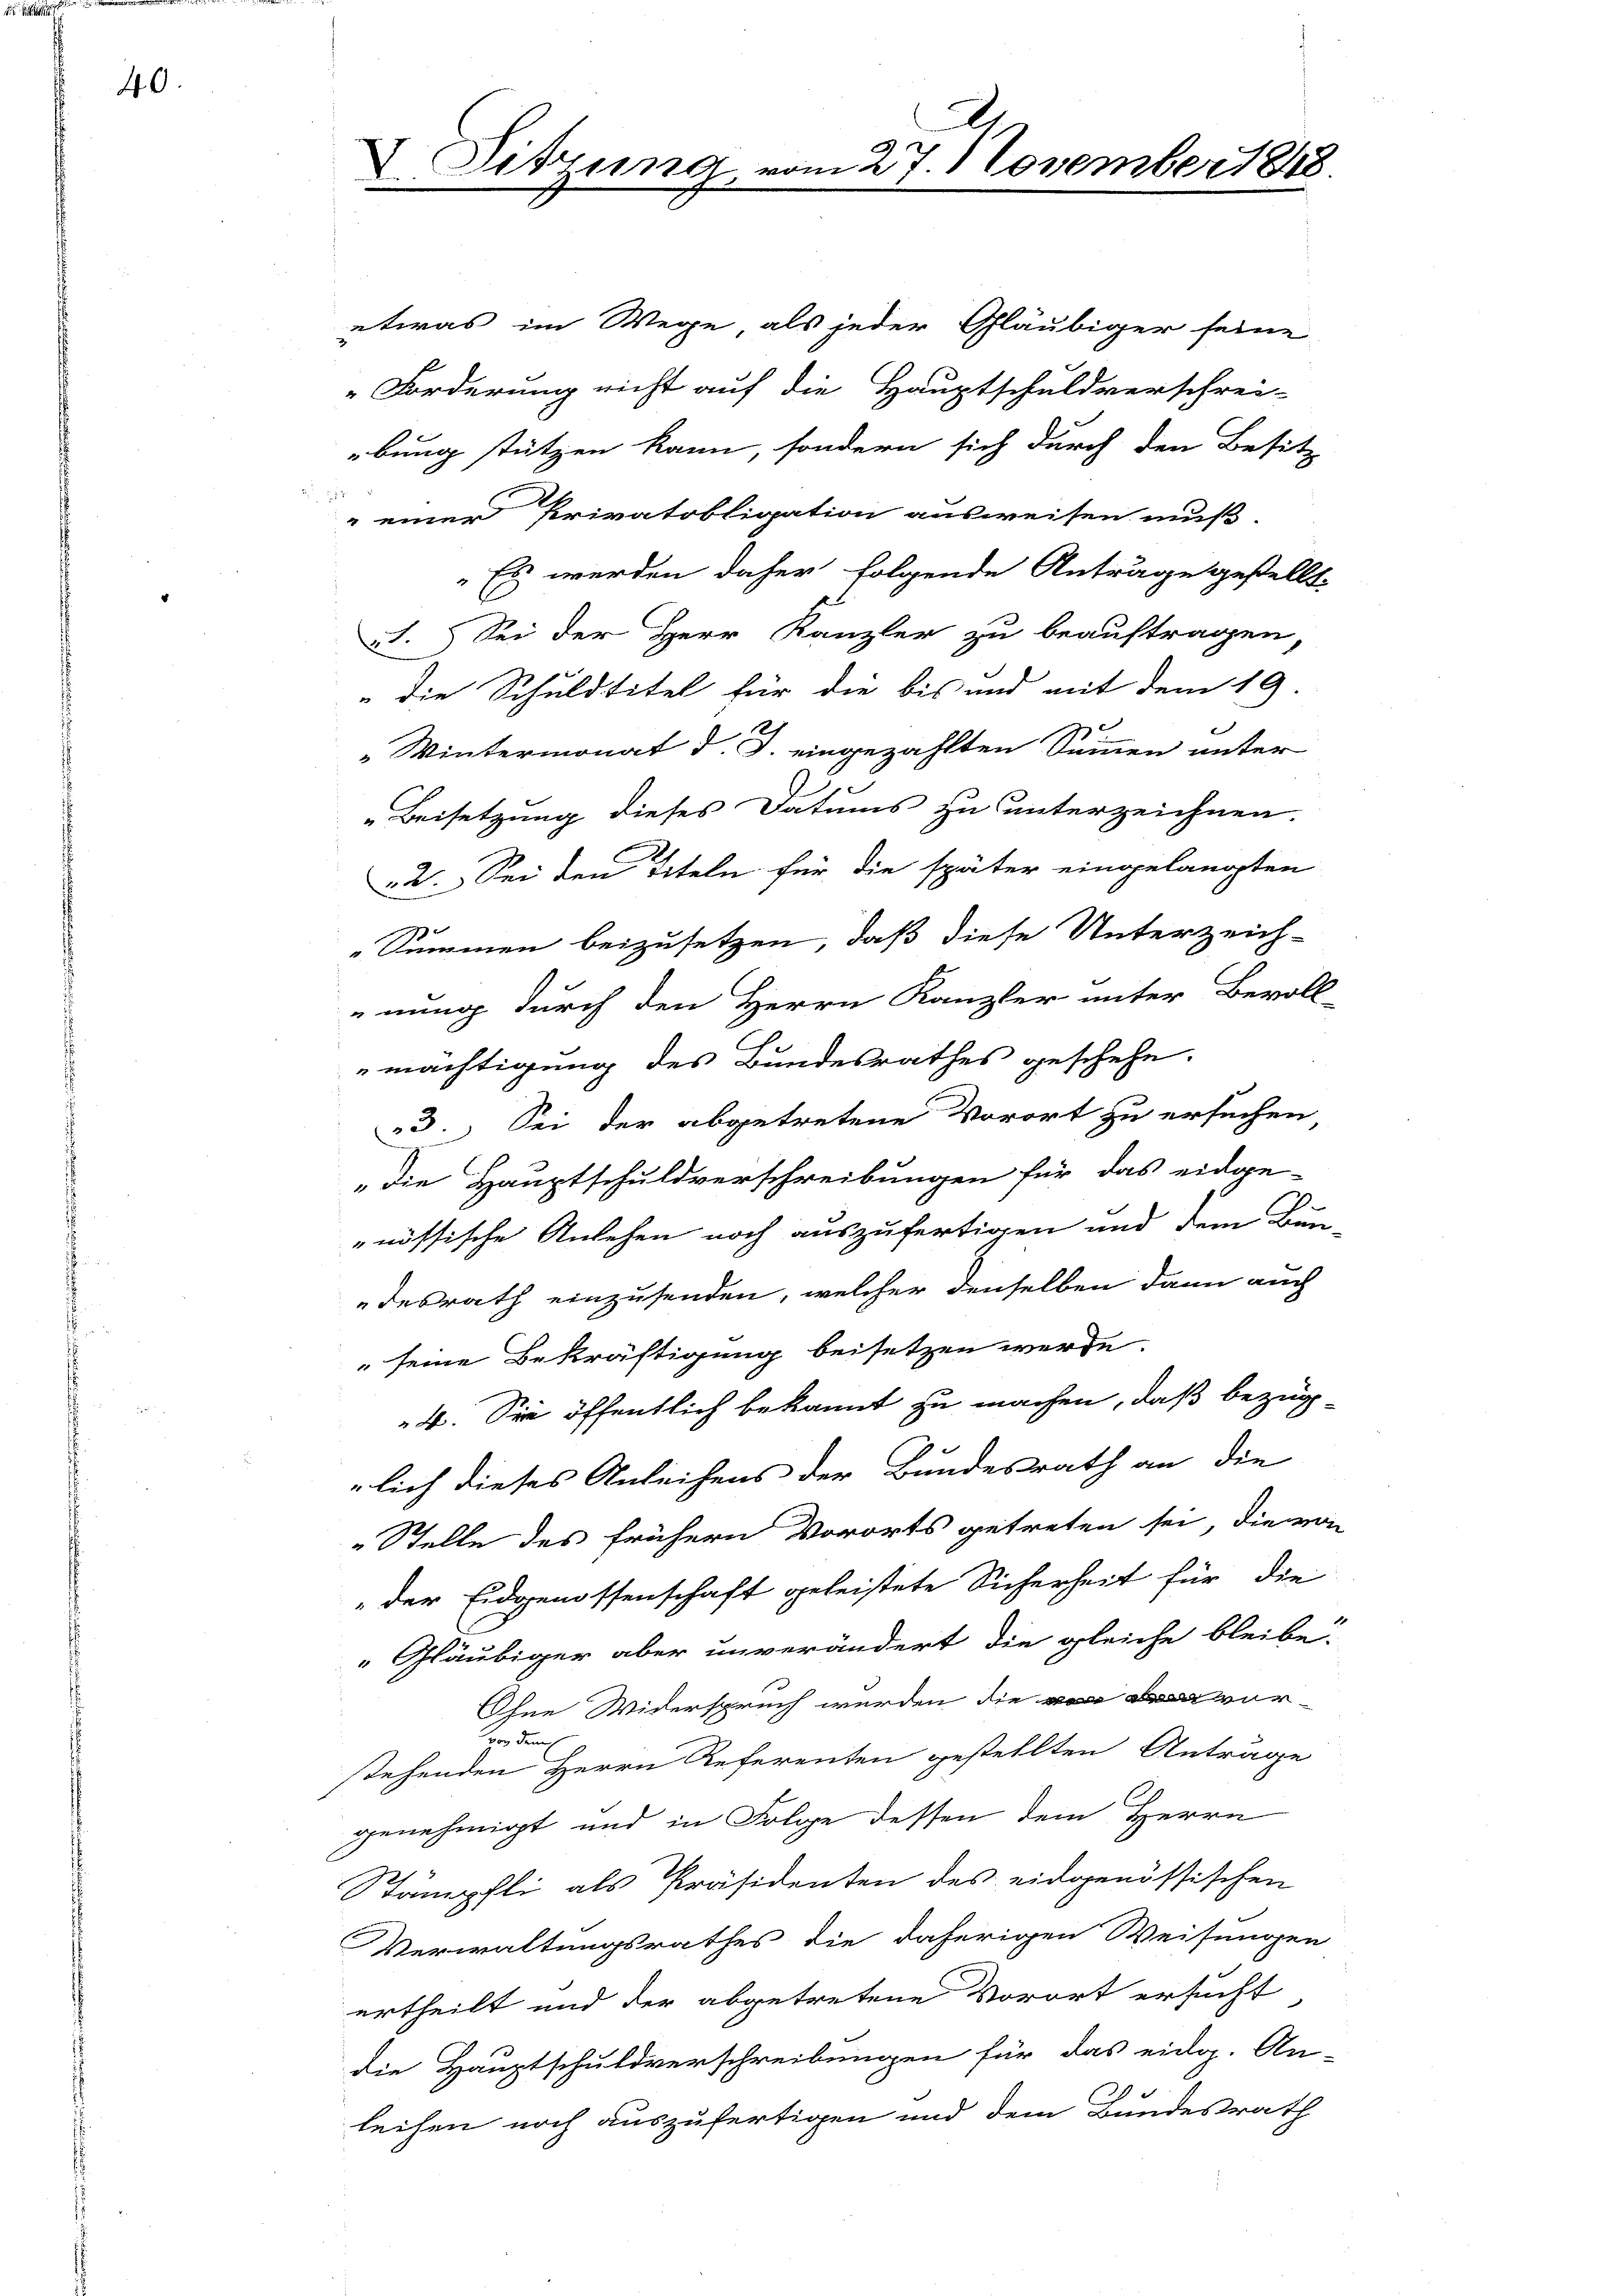
40.

etwas im Wege als jeder Gläubiger seine
Forderung nicht auf die Hauptschuldverschrei-
bung stützen kann, sondern sich durch den Besitz

 einer Privatobligation ausweisen muß.
Es werden daher folgende Anträge gestellt.
I. Sei der Herr Kanzler zu beauftragen,
" die Schuldtitel für die bis und mit dem 19.
"Wintermonat J. J. eingezählten Summen unter
Beisetzung dieses Datums zu unterzeichnen.
22. Sei den Titeln für die später eingelangten
„Summen beizusetzen, daß diese Unterzeich-
nung durch den Herrn Kanzler unter Bevoll-
mächtigung des Bundesrathes geschehe.
3. Sei der abgetretene Vorort zu ersuchen
„die Hauptschuldverschreibungen für das eidge-
2
nössische Ansehen noch auszufertigen und dem Ben-
desrath einzusenden, welcher denselben dann auch
" seine Bekräftigung beisetzen werde.
4. Sie öffentlich bekannt zu machen, daß bezüg
lich dieses Anleihens der Bundesrath an die
„Stelle des frühern Vororts getreten sei, die von
„der Eidgenossenschaft geleistete Sicherheit für die
"Gläubiger aber unverändert die gleiche bleibe-
Ohne Widerspruch werden die vor
vor dem E
stehenden Herrn Referenten gestellten Anträge
genehmigt und in Folge dessen dem Herrn
Stämpfli als Präsidenten des eidgenössischen
Verwaltungsrathes die daherigen Weisungen
ertheilt und der abgetretene Vorort ersucht
die Hauptschuldverschreibungen für das eidg. An-
leihen noch auszufertigen und dem Bundesrath

d. Sitzung

n 27. November 1848